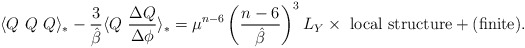
\begin{align*}\langle Q~Q~Q\rangle_* -\frac{3}{\hat{\beta}}\langle Q~\frac{\Delta Q}{\Delta\phi }\rangle_* =\mu ^{n-6}\left( \frac{n-6}{\hat{\beta}}\right)^{3}L_{Y}\times \ {\rm local\ structure}+({\rm finite}) .\end{align*}